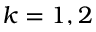
k = 1 , 2